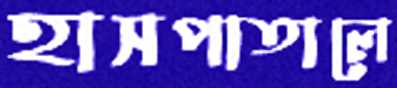
হাসপাতালে